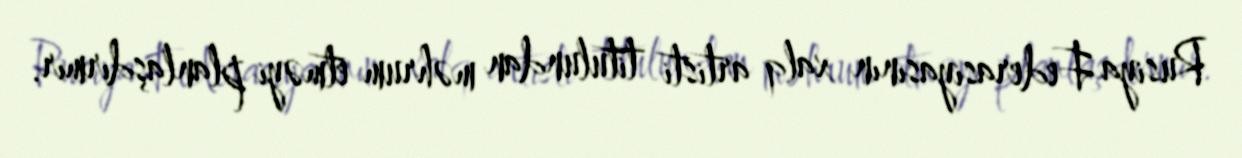
Rusiya Federasiyasının xalq artisti titulundan məhrum etməyi planlaşdırmır.